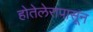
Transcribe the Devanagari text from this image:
होतेलेरापासून